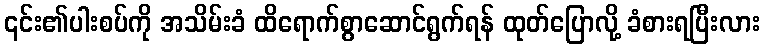
၎င်း၏ပါးစပ်ကို အသိမ်းခံ ထိရောက်စွာဆောင်ရွက်ရန် ထုတ်ပြောလို့ ခံစားရပြီးလား